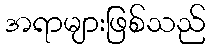
အရာများဖြစ်သည်